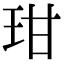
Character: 玵